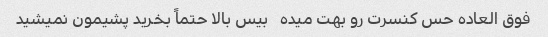
فوق العاده حس کنسرت رو بهت میده   بیس بالا حتماً بخرید پشیمون نمیشید